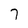
Character: 7